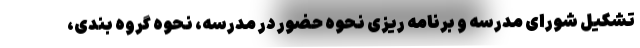
تشکیل شورای مدرسه و برنامه ریزی نحوه حضور در مدرسه، نحوه گروه بندی،